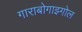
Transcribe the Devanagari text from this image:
गाराबोगाझ्गोल